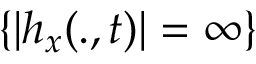
\{ | h _ { x } ( . , t ) | = \infty \}